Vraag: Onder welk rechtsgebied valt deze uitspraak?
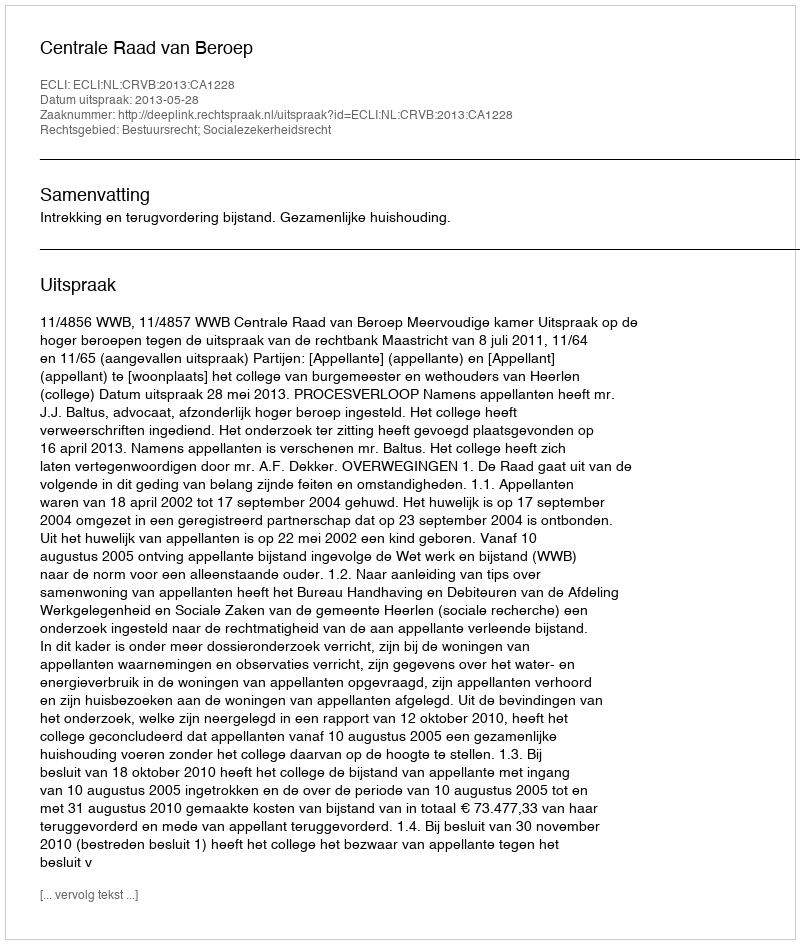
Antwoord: Bestuursrecht; Socialezekerheidsrecht